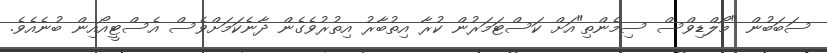
ސަބަބުން "މޯލްޑިވްސް ސިމެންތި"އަށް ކަސްޓަމަރުން ކުރާ އިތުބާރު އިތުރުވެގެން ދާނެކަމަށްވެސް އެސްޓީއޯއިން ބުނެއެވެ.